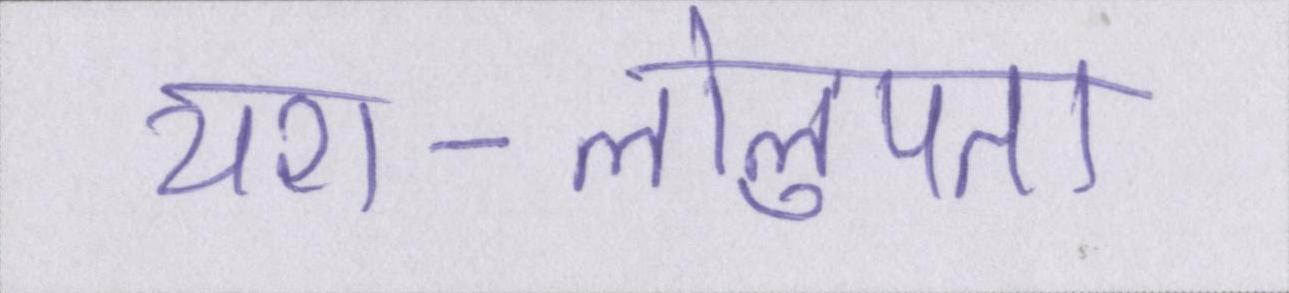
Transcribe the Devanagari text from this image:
यश-लोलुपता